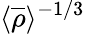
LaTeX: \langle{\overline{{\rho}}}\rangle^{-1/3}